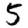
Digit: 5